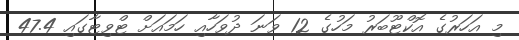
މި އަހަރުގެ އޮކްޓޫބަރު މަހުގެ 12 ވަނަ ދުވަހާއި ހަމައަށް ޓްވިޓާގައި 47.4